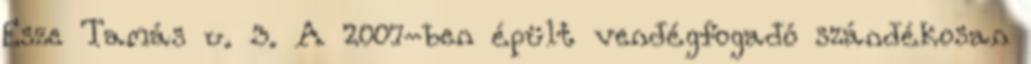
Esze Tamás u. 3. A 2007-ben épült vendégfogadó szándékosan